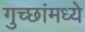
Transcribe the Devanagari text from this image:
गुच्छांमध्ये